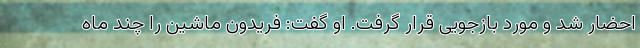
احضار شد و مورد بازجویی قرار گرفت. او گفت: فریدون ماشین را چند ماه